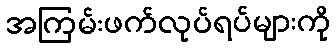
အကြမ်းဖက်လုပ်ရပ်များကို